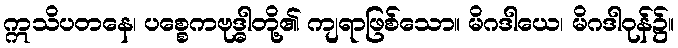
ဣသိပတနေ၊ ပစ္စေကဗုဒ္ဓါတို့၏ ကျရာဖြစ်သော။ မိဂဒါယေ၊ မိဂဒါဝုန်၌။